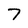
Character: 7